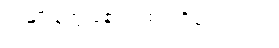
ဒါ မျိုးတွေ နောက်ထပ် ရှိသေးလား။